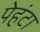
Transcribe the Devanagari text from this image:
पेहंटा